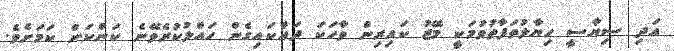
އަދި ސިޔާސީ ހިޔާލުތަފާތުވުމަކީ މޭޒު ކައިރިން ވާހަކަ ދައްކައިގެން ހައްލުކުރެވޭނެ ކަންކަން ކަމަށެވެ.